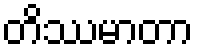
တိဿမာတာ